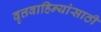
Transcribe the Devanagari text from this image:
वृत्तवाहिन्यांसाठी